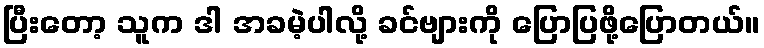
ပြီးတော့ သူက ဒါ အခမဲ့ပါလို့ ခင်ဗျားကို ပြောပြဖို့ပြောတယ်။